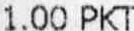
1.00 PKT